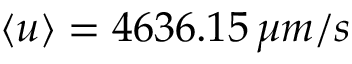
\langle u \rangle = 4 6 3 6 . 1 5 \, \mu m / s